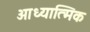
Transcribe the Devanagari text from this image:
आध्‍यात्मिक